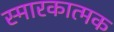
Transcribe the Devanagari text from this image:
स्मारकात्मक